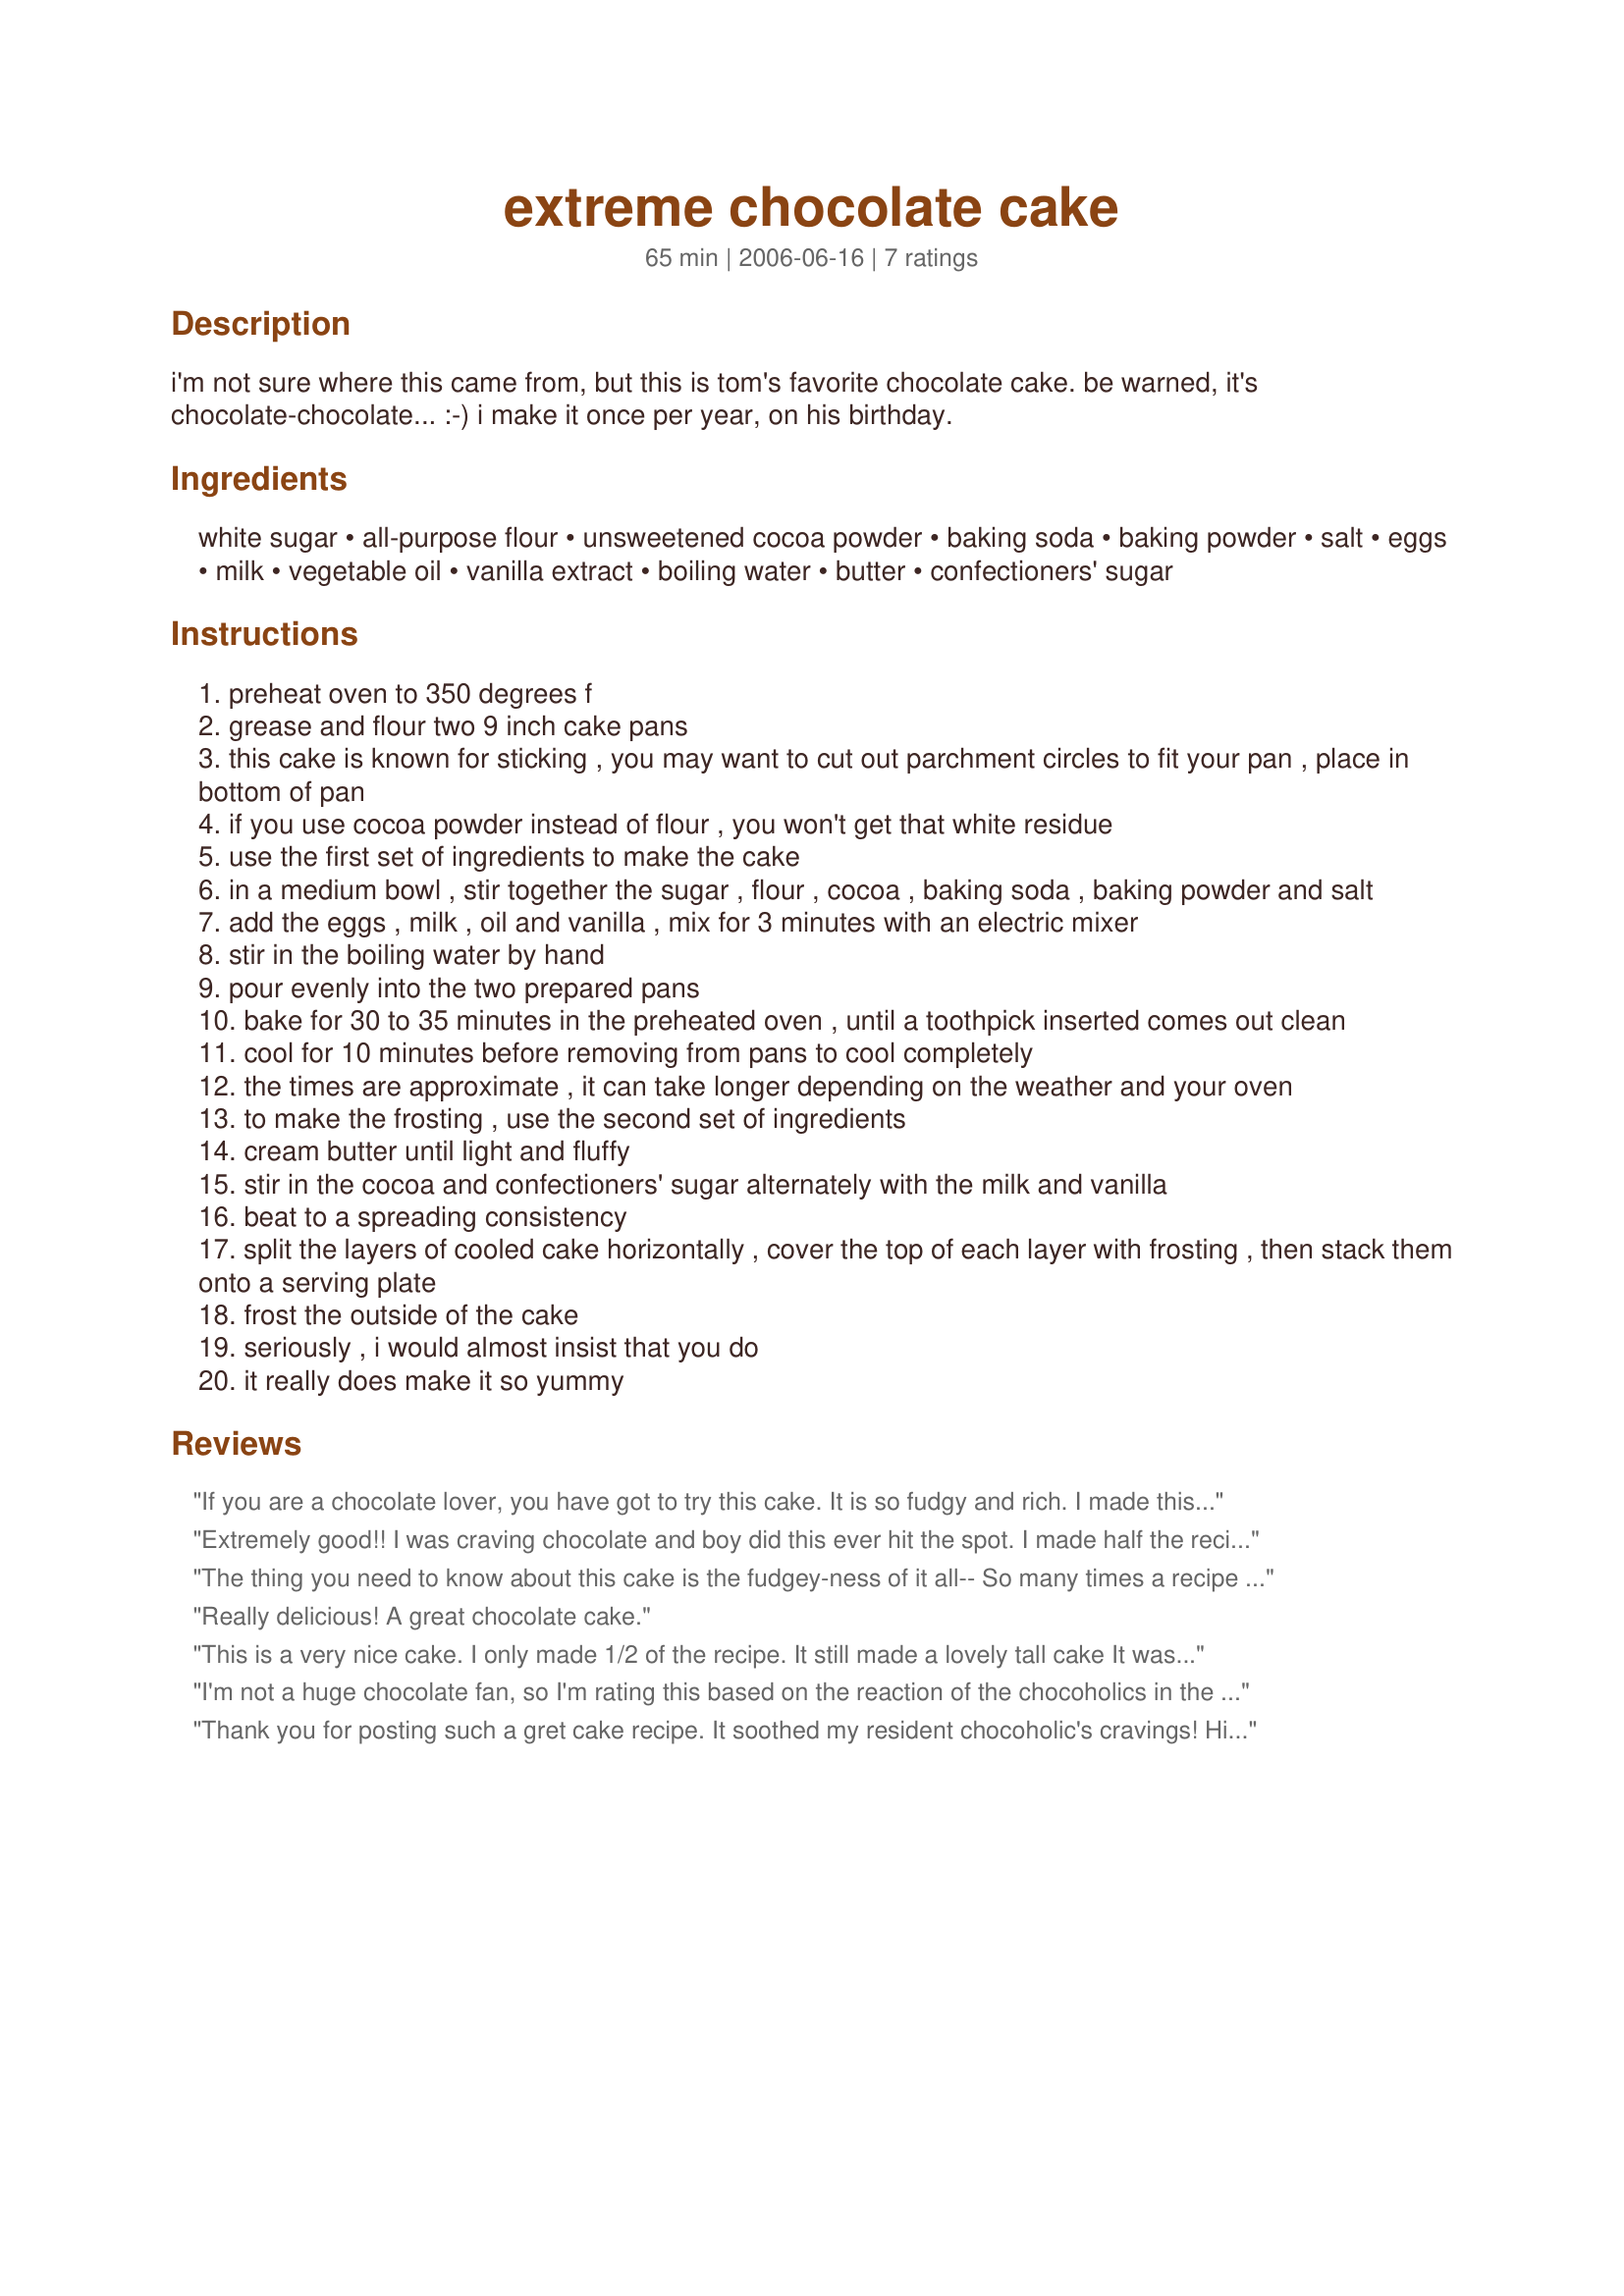
extreme chocolate cake
Preparation time: 65 minutes

i'm not sure where this came from, but this is tom's favorite chocolate cake. be warned, it's chocolate-chocolate... :-) i make it once per year, on his birthday.

Ingredients:
white sugar, all-purpose flour, unsweetened cocoa powder, baking soda, baking powder, salt, eggs, milk, vegetable oil, vanilla extract, boiling water, butter, confectioners' sugar

Steps:
preheat oven to 350 degrees f
grease and flour two 9 inch cake pans
this cake is known for sticking , you may want to cut out parchment circles to fit your pan , place in bottom of pan
if you use cocoa powder instead of flour , you won't get that white residue
use the first set of ingredients to make the cake
in a medium bowl , stir together the sugar , flour , cocoa , baking soda , baking powder and salt
add the eggs , milk , oil and vanilla , mix for 3 minutes with an electric mixer
stir in the boiling water by hand
pour evenly into the two prepared pans
bake for 30 to 35 minutes in the preheated oven , until a toothpick inserted comes out clean
cool for 10 minutes before removing from pans to cool completely
the times are approximate , it can take longer depending on the weather and your oven
to make the frosting , use the second set of ingredients
cream butter until light and fluffy
stir in the cocoa and confectioners' sugar alternately with the milk and vanilla
beat to a spreading consistency
split the layers of cooled cake horizontally , cover the top of each layer with frosting , then stack them onto a serving plate
frost the outside of the cake
seriously , i would almost insist that you do
it really does make it so yummy

Reviews:
If you are a chocolate lover, you have got to try this cake. It is so fudgy and rich. I made this for a co-workers birthday and now I am printing out copies of the recipe because everyone loved it!!
Extremely good!! I was craving chocolate and boy did this ever hit the spot. I made half the recipe and it turned out great. I was slightly concerned when pouring the batter into the pans because it had such a thin consistency, but they cooked up just fine. Thank you Tom&Candy for such a great cake recipe!
The thing you need to know about this cake is the fudgey-ness of it all-- So many times a recipe will promise fudgey, but not deliver-- this is AMAZING!
I even tried to ruin it by using grapeseed oil-- it's all I had--- and I was too cheap to go the expensive grocery store near by to buy a more suitable oil.
However, my choice of oil didn't seem to matter, as it turned out to be one of the best cakes I have ever made and the fam seemed to agree!
Thanks Tom&Candy, this one goes in my "Best of Zaar so far" cookbook.
KC Shell
Really delicious! A great chocolate cake.
This is a very nice cake. I only made 1/2 of the recipe. It still made a lovely tall cake It was light, moist and tender, with a lovely chocolate flavour. The frosting was delicious Thank you so much for sharing Tom&Candy.
I'm not a huge chocolate fan, so I'm rating this based on the reaction of the chocoholics in the family. The three of them were speechless. Between grunts, I heard the word "amazing" over and over. An obvious hit in this house.
Thank you for posting such a gret cake recipe. It soothed my resident chocoholic's cravings! His favorite is choc cake w/choc icing. He ate one large piece and asked for another immediately. The cake was easy to make, as well as greasing and flouring the cake pans, i also used parchment paper. The cakes came out with no problem. I used 2 whole sticks of butter in the frosting and 1 1/2 boxes of confectioner's sugar. Didn't bother to measure. It came out wonderful. Thanks tom and candy for posting such a great tasting recipoe.
